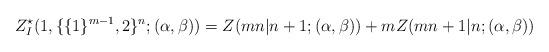
LaTeX: \begin{align*}\begin{aligned}Z^{\star}_{I}(1,\{\{1\}^{m-1},2\}^{n};(\alpha,\beta))=Z(mn|n+1;(\alpha,\beta))+mZ(mn+1|n;(\alpha,\beta))\end{aligned}\end{align*}